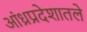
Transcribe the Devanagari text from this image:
आंध्रप्रदेशातले